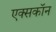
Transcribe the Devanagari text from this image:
एक्सकॉन